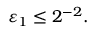
\varepsilon _ { 1 } \leq 2 ^ { - 2 } .